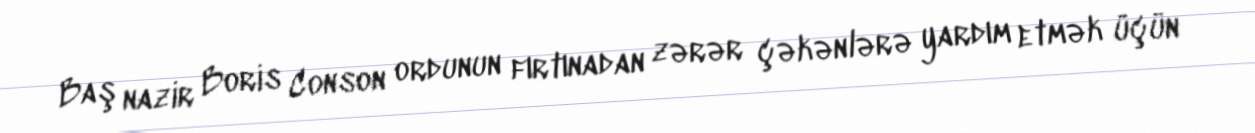
Baş nazir Boris Conson ordunun fırtınadan zərər çəkənlərə yardım etmək üçün